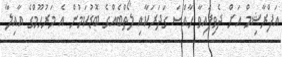
އަފްރާޝިމް އަށް ދެވިފައިވާ ހާއްސަ ގަދަރަކާއި ލޯތްބެއްގެ ބޮޑުކަމުން އެ މަރުހޫމްގެ އާއިލާ